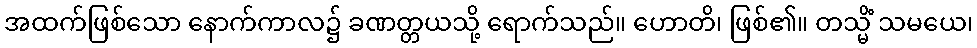
အထက်ဖြစ်သော နောက်ကာလ၌ ခဏတ္တယသို့ ရောက်သည်။ ဟောတိ၊ ဖြစ်၏။ တသ္မိံ သမယေ၊